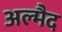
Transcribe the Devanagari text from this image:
अल्मैद